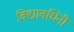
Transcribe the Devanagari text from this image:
विद्यावर्धिनी